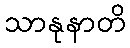
သာနုနာတိ